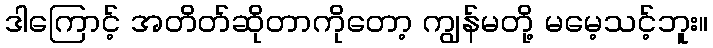
ဒါကြောင့် အတိတ်ဆိုတာကိုတော့ ကျွန်မတို့ မမေ့သင့်ဘူး။